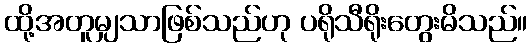
ထို့အတူမျှသာဖြစ်သည်ဟု ပရိုသီရိုးတွေးမိသည်။